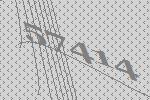
57414